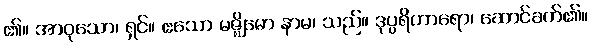
၏။ အာဝုသော၊ ရှင်။ ဧသော မဇ္ဈိမော နာမ၊ သည်။ ဒုပ္ပရိဟာရော၊ ဆောင်ခက်၏။